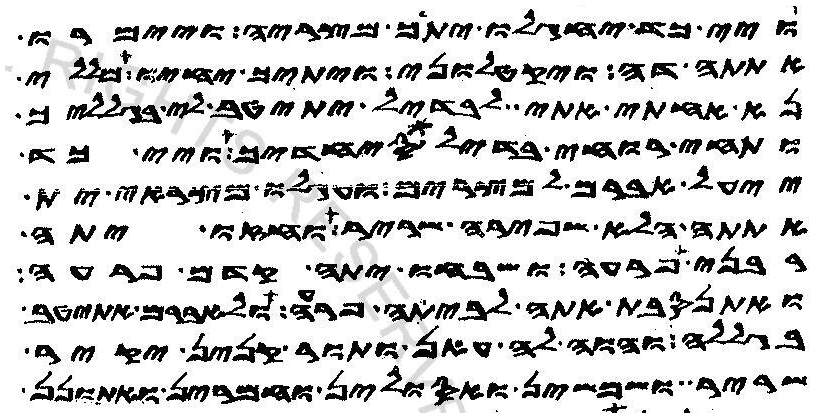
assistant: ויי כד יחגלו יתך מצריה ויימרו
אתתה דה ויקטלוני ויתיך יחיו מללי
נא אחתי אתי לבדיל יתיטב לי בגלליך
ותחי רוחי בדיל סיחדיך ויי כד
ייעל אברם למצרים ועגלו מצראי ית
אתתה הלא שפירה שריר וחזו יתה
רבני פרעה ושבחו יתה קדם פרעה
ואתנסבת אתה לביתה פרעה ולאברם אתיטב
בגללה והוה לה עאן ותור קנין יקיר
שריר ושמשין ואסולין וחמרין אתונן